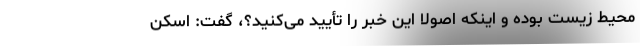
محیط زیست بوده و اینکه اصولا این خبر را تأیید می‌کنید؟، گفت: اسکن